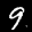
Label: 9